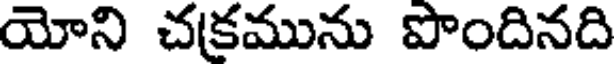
యోని చకమును పొందినది